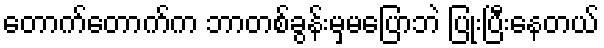
တောက်တောက်က ဘာတစ်ခွန်းမှမပြောဘဲ ပြုံးပြီးနေတယ်